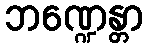
ဘဏ္ဍေန္တာ